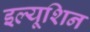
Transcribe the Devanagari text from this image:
इल्यूशिन